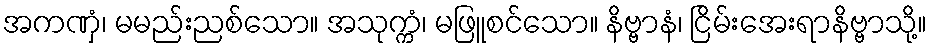
အကဏှံ၊ မမည်းညစ်သော။ အသုက္ကံ၊ မဖြူစင်သော။ နိဗ္ဗာနံ၊ ငြိမ်းအေးရာနိဗ္ဗာသို့။